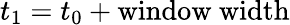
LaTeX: t_{1}=t_{0}+\mathrm{window~width}